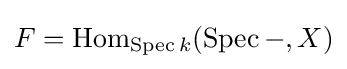
F=\operatorname {Hom} _{\operatorname {Spec} k}(\operatorname {Spec} -,X)